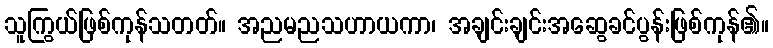
သူကြွယ်ဖြစ်ကုန်သတတ်။ အညမညသဟာယကာ၊ အချင်းချင်းအဆွေခင်ပွန်းဖြစ်ကုန်၏။